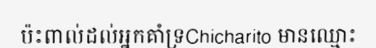
ប៉ះពាល់ដល់អ្នកគាំទ្រChicharito មានឈ្មោះ